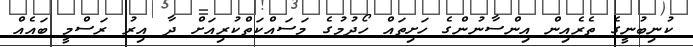
ކުނިބުނީގެ ތެރެއިން އިންސާނުންގެ ހަށިތައް ހޯދުމުގެ މަސައްކަތްކުރިއަށް ދާ އިރު ރަސްމީ ބައެއް